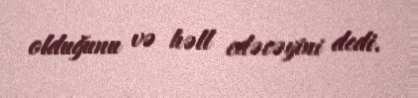
olduğunu və həll edəcəyini dedi.